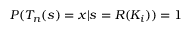
P ( T _ { n } ( s ) = x | s = R ( K _ { i } ) ) = 1